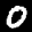
Label: 0